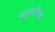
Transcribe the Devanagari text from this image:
चतुर्थतत्व